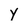
Character: y